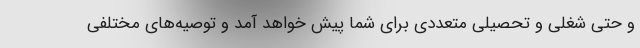
و حتی شغلی و تحصیلی متعددی برای شما پیش خواهد آمد و توصیه‌های مختلفی